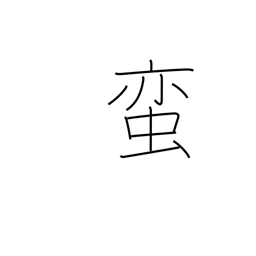
Meaning: barbarian